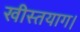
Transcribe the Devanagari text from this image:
खीस्तयाग।